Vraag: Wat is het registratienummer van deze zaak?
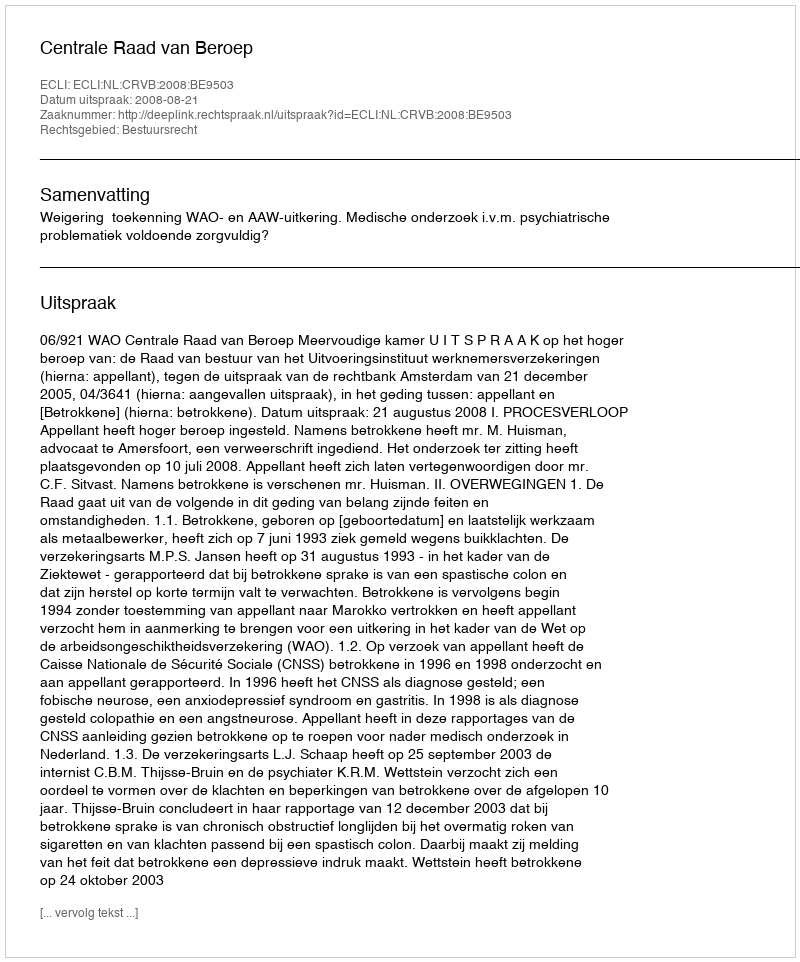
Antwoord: http://deeplink.rechtspraak.nl/uitspraak?id=ECLI:NL:CRVB:2008:BE9503